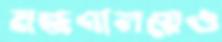
মন্ত্রণালয়েও